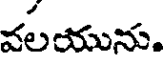
వలయును.